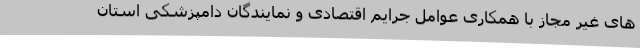
های غیر مجاز با همکاری عوامل جرایم اقتصادی و نمایندگان دامپزشکی استان